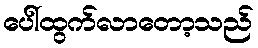
ပေါ်ထွက်လာတော့သည်